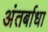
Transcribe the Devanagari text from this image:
अंतर्बाधा